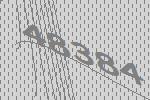
48384